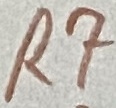
Text: R7